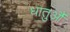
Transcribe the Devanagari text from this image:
धातुऔं